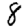
Digit: 8